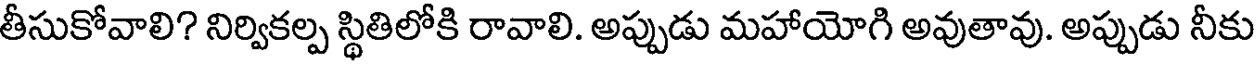
తీసుకోవాలి? నిర్వికల్ప స్థితిలోకి రావాలి. అప్పుడు మహాయోగి అవుతావు. అప్పుడు నీకు